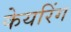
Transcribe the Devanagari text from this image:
केयरिंग